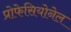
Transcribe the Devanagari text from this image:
प्रोफेसियोनेल